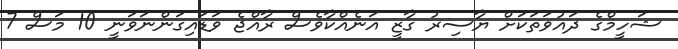
ޝަހީމްގެ ދައުވަތަކަށް ޔާސިރު ގާޒީ އަނެއްކާވެސް ރާއްޖެ ވަޑައިގަންނަވަނީ 10 މަސް 7